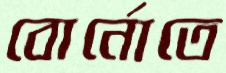
বোর্নোতে